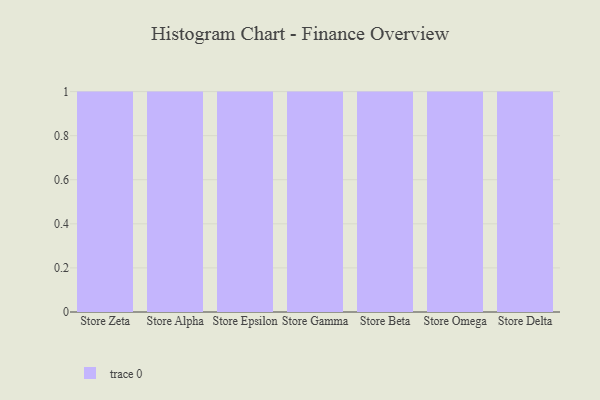
{"axis": {"x": "Store", "y": "Conversion Rate (%)"}, "legend": [""], "data": [{"x": "Store Zeta", "y": 49, "type": ""}, {"x": "Store Alpha", "y": 95, "type": ""}, {"x": "Store Epsilon", "y": 88, "type": ""}, {"x": "Store Gamma", "y": 98, "type": ""}, {"x": "Store Beta", "y": 66, "type": ""}, {"x": "Store Omega", "y": 19, "type": ""}, {"x": "Store Delta", "y": 74, "type": ""}]}